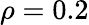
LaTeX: \rho=0.2